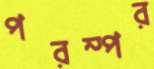
পরম্পর